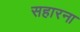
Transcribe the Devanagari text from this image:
सहारना